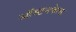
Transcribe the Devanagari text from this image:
ऑस्टनफेल्ड